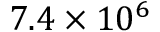
7 . 4 \times 1 0 ^ { 6 }